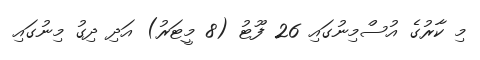
މި ކާރުގެ އުސްމިނުގައި 26 ފޫޓު (8 މީޓަރު) އަދި ދިގު މިނުގައި